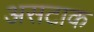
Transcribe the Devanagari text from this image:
असटाक